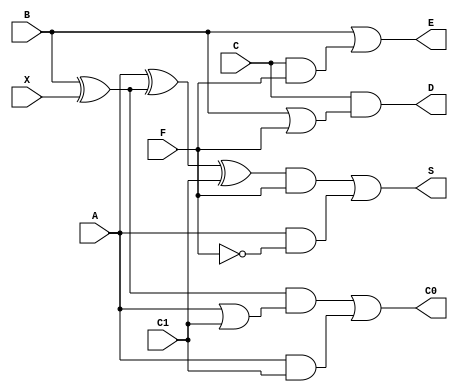
`timescale 1ns / 1ps

// Arithmetic Cell
module ac (input wire A,
           input wire B,
           input wire C,
           input wire X,
           input wire F,
           input wire C1,
           output wire S,
           output wire D,
           output wire E,
           output wire C0);
   
    assign S  = ((A ^ (B ^ X) ^ C1) & F) | (A & ~F);
    assign C0 = ((B ^ X) & (A | C1)) | (A & C1);
    assign D  = C & (B | F);
    assign E  = B | (C & F);
endmodule

// Control Cell
module cc (
    input wire X, P, C0,
    output wire F
    );
    assign F = (C0 & X) | (P & ~X);
endmodule
       
module gpca
    (
    input wire X,
    input wire [1:5] P,
    input wire [1:7] B, C,
    input wire [1:10] A,
    output wire [1:5] F,
    output wire [1:11] S
    );
   
    wire [1:7]  FI;
    wire [1:3]  C1;
    wire [1:5]  C2;
    wire [1:7]  C3;
    wire [1:9]  C4;
   
    wire [1:11] C5;
   
    wire [1:3]  S1;
    wire [1:5]  S2;
    wire [1:7]  S3;
    wire [1:9]  S4;
    wire [1:11] S5;
    wire [1:3]  D1;
    wire [1:5]  D2;
    wire [1:7]  D3;
    wire [1:9]  D4;
    wire [1:11] D5;
   
    wire [1:3]  E1;
    wire [1:5]  E2;
    wire [1:7]  E3;
    wire [1:9]  E4;
    wire [1:11] E5;
   
    assign F[1] = C1[1];
    assign F[2] = C2[1];
    assign F[3] = C3[1];
    assign F[4] = C4[1];
    assign F[5] = C5[1];
    //
   
    assign S = S5;
    //control cells (X,P,C0 / F)
    cc cc1(X, P[1], C1[1], FI[1]);
    cc cc2(X, P[2], C2[1], FI[2]);
    cc cc3(X, P[3], C3[1], FI[3]);
    cc cc4(X, P[4], C4[1], FI[4]);
    cc cc5(X, P[5], C5[1], FI[5]);
   
    //_______________________________________________________________
    // arithmetic cells of row 1(A,B,C,X,F,C1/S,D,E,C0)
    ac ac11(.A(1'b0), .B(B[1]),.C(C[1]),.X(X),.F(FI[1]),.C1(C1[2]),
    .S(S1[1]), .D(D1[1]), .E(E1[1]),.C0(C1[1]));
    ac ac12(.A(A[1]), .B(B[2]),.C(C[2]),.X(X),.F(FI[1]),.C1(C1[3]),
    .S(S1[2]), .D(D1[2]), .E(E1[2]),.C0(C1[2]));
    ac ac13(.A(A[2]), .B(B[3]),.C(C[3]),.X(X),.F(FI[1]),.C1(X),.S(S1[3]), .D(D1[3]),
    .E(E1[3]),.C0(C1[3]));
   
    // arithmetic cells of row 2(A,B,C,X,F,C1/S,D,E,C0)
    ac ac21(.A(S1[1]), .B(1'b0),.C(1'b0),.X(X),.F(FI[2]),
    .C1(C2[2]),.S(S2[1]), .D(D2[1]), .E(E2[1]),.C0(C2[1]));
    ac ac22(.A(S1[2]), .B(D1[1]), .C(E1[1]), .X(X),.F(FI[2]),
    .C1(C2[3]), .S(S2[2]), .D(D2[2]), .E(E2[2]),.C0(C2[2]));
    ac ac23(.A(S1[3]), .B(D1[2]), .C(E1[2]), .X(X),.F(FI[2]),
    .C1(C2[4]), .S(S2[3]), .D(D2[3]), .E(E2[3]),.C0(C2[3]));
    ac ac24(.A(A[3]), .B(D1[3]), .C(E1[3]),.X(X),.F(FI[2]),
    .C1(C2[5]), .S(S2[4]), .D(D2[4]),.E(E2[4]),.C0(C2[4]));
    ac ac25(.A(A[4]),.B(B[4]),.C(C[4]),.X(X),.F(FI[2]),
    .C1(X),.S(S2[5]), .D(D2[5]),.E(E2[5]),.C0(C2[5]));
   
    // arithmetic cells of row 3(A,B,C,X,F,C1/S,D,E,C0)
    ac ac31(.A(S2[1]),.B(1'b0),.C(1'b0),.X(X),.F(FI[3]),
    .C1(C3[2]),.S(S3[1]), .D(D3[1]), .E(E3[1]),.C0(C3[1]));
    ac ac32(.A(S2[2]), .B(D2[1]), .C(E2[1]), .X(X),.F(FI[3]),
    .C1(C3[3]), .S(S3[2]), .D(D3[2]), .E(E3[2]),.C0(C3[2]));
    ac ac33(.A(S2[3]), .B(D2[2]), .C(E2[2]), .X(X),.F(FI[3]),
    .C1(C3[4]), .S(S3[3]), .D(D3[3]), .E(E3[3]),.C0(C3[3]));
    ac ac34(.A(S2[4]), .B(D2[3]), .C(E2[3]), .X(X),.F(FI[3]),
    .C1(C3[5]), .S(S3[4]), .D(D3[4]), .E(E3[4]),.C0(C3[4]));
    ac ac35(.A(S2[5]), .B(D2[4]), .C(E2[4]), .X(X),.F(FI[3]),
    .C1(C3[6]), .S(S3[5]), .D(D3[5]), .E(E3[5]),.C0(C3[5]));
    ac ac36(.A(A[5]), .B(D2[5]), .C(E2[5]),.X(X),.F(FI[3]),
    .C1(C3[7]), .S(S3[6]), .D(D3[6]),.E(E3[6]),.C0(C3[6]));
    ac ac37(.A(A[6]),.B(B[5]),.C(C[5]),.X(X),.F(FI[3]),
    .C1(X),.S(S3[7]), .D(D3[7]),.E(E3[7]),.C0(C3[7]));
   
    // arithmetic cells of row 4(A,B,C,X,F,C1/S,D,E,C0)
    ac ac41(.A(S3[1]), .B(1'b0),.C(1'b0),.X(X),.F(FI[4]),
    .C1(C4[2]),.S(S4[1]), .D(D4[1]), .E(E4[1]),.C0(C4[1]));
    ac ac42(.A(S3[2]), .B(D3[1]), .C(E3[1]), .X(X),.F(FI[4]),
    .C1(C4[3]), .S(S4[2]), .D(D4[2]), .E(E4[2]),.C0(C4[2]));
    ac ac43(.A(S3[3]), .B(D3[2]), .C(E3[2]), .X(X),.F(FI[4]),
    .C1(C4[4]), .S(S4[3]), .D(D4[3]), .E(E4[3]),.C0(C4[3]));
    ac ac44(.A(S3[4]), .B(D3[3]), .C(E3[3]), .X(X),.F(FI[4]),
    .C1(C4[5]), .S(S4[4]), .D(D4[4]), .E(E4[4]),.C0(C4[4]));
    ac ac45(.A(S3[5]), .B(D3[4]), .C(E3[4]), .X(X),.F(FI[4]),
    .C1(C4[6]), .S(S4[5]), .D(D4[5]), .E(E4[5]),.C0(C4[5]));
    ac ac46(.A(S3[6]), .B(D3[5]), .C(E3[5]), .X(X),.F(FI[4]),
    .C1(C4[7]), .S(S4[6]), .D(D4[6]), .E(E4[6]),.C0(C4[6]));
    ac ac47(.A(S3[7]), .B(D3[6]), .C(E3[6]), .X(X),.F(FI[4]),
    .C1(C4[8]), .S(S4[7]), .D(D4[7]), .E(E4[7]),.C0(C4[7]));    
    ac ac48(.A(A[7]), .B(D3[7]), .C(E3[7]), .X(X),
            .F(FI[4]),
            .C1(C4[9]), .S(S4[8]), .D(D4[8]), .E(E4[8]),
            .C0(C4[8]));
   
    ac ac49(.A(A[8]), .B(B[6]),.C(C[6]),.X(X),.F(FI[4]),
    .C1(X),.S(S4[9]), .D(D4[9]),.E(E4[9]),.C0(C4[9]));
   
    // arithmetic cells of row 5(A,B,C,X,F,C1/S,D,E,C0)
    ac ac51(.A(S4[1]), .B(1'b0),.C(1'b0),.X(X),.F(FI[5]),
    .C1(C5[2]),.S(S5[1]), .D(D5[1]), .E(E5[1]),.C0(C5[1]));
    ac ac52(.A(S4[2]), .B(D4[1]), .C(E4[1]), .X(X),.F(FI[5]),
    .C1(C5[3]), .S(S5[2]), .D(D5[2]), .E(E5[2]),.C0(C5[2]));
    ac ac53(.A(S4[3]), .B(D4[2]), .C(E4[2]), .X(X),.F(FI[5]),
    .C1(C5[4]), .S(S5[3]), .D(D5[3]), .E(E5[3]),.C0(C5[3]));
    ac ac54(.A(S4[4]), .B(D4[3]), .C(E4[3]), .X(X),.F(FI[5]),
    .C1(C5[5]), .S(S5[4]), .D(D5[4]), .E(E5[4]),.C0(C5[4]));
    ac ac55(.A(S4[5]), .B(D4[4]), .C(E4[4]), .X(X),.F(FI[5]),
    .C1(C5[6]), .S(S5[5]), .D(D5[5]), .E(E5[5]),.C0(C5[5]));
    ac ac56(.A(S4[6]), .B(D4[5]), .C(E4[5]), .X(X),.F(FI[5]),
    .C1(C5[7]), .S(S5[6]), .D(D5[6]), .E(E5[6]),.C0(C5[6]));
    ac ac57(.A(S4[7]), .B(D4[6]), .C(E4[6]), .X(X),.F(FI[5]),
    .C1(C5[8]), .S(S5[7]), .D(D5[7]), .E(E5[7]),.C0(C5[7]));
    ac ac58(.A(S4[8]), .B(D4[7]), .C(E4[7]), .X(X),.F(FI[5]),
    .C1(C5[9]), .S(S5[8]), .D(D5[8]), .E(E5[8]),.C0(C5[8]));
    ac ac59(.A(S4[9]), .B(D4[8]), .C(E4[8]), .X(X),.F(FI[5]),
    .C1(C5[10]),.S(S5[9]), .D(D5[9]), .E(E5[9]),.C0(C5[9]));
    ac ac5a(.A(A[9]), .B(D4[9]), .C(E4[9]),.X(X),.F(FI[5]),
    .C1(C5[11]),.S(S5[10]), .D(D5[10]),.E(E5[10]),.C0(C5[10]));
    ac ac5b(.A(A[10]), .B(B[7]),.C(C[7]),.X(X),.F(FI[5]),
    .C1(X),.S(S5[11]), .D(D5[11]), .E(E5[11]),.C0(C5[11]));
endmodule